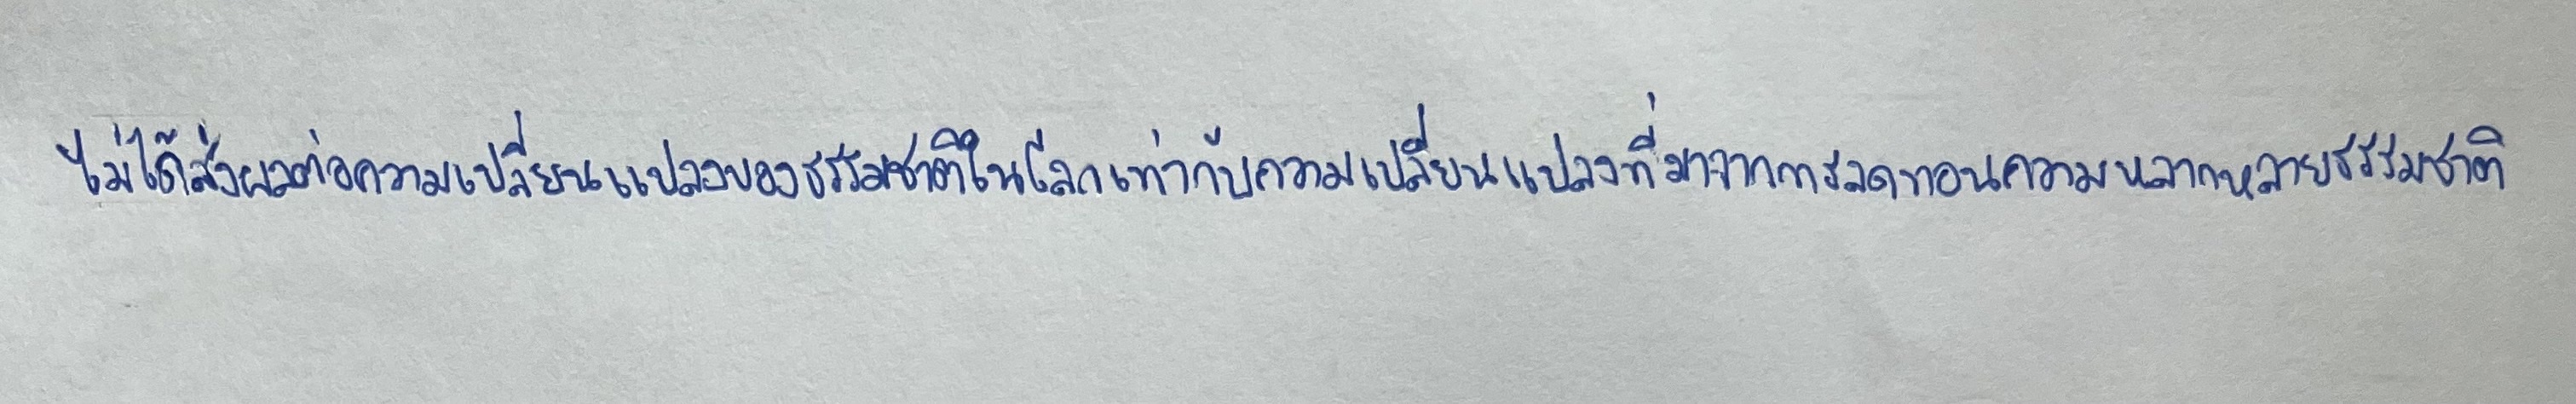
ไม่ได้ส่งผลต่อความเปลี่ยนแปลงของธรรมชาติในโลกเก่าเท่ากับความเปลี่ยนแปลงที่มาจากการลดทอนความหลากหลายของธรรมชาติ